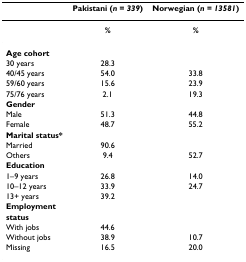
<table><thead><tr><td>[EMPTY_CELL]</td><td><b>Pakistani (<i>n </i>= <i>339</i>)</b></td><td><b>Norwegian (<i>n </i>= <i>13581</i>)</b></td></tr></thead><tbody><tr><td>[EMPTY_CELL]</td><td><b>%</b></td><td><b>%</b></td></tr><tr><td><b>Age cohort</b></td><td>[EMPTY_CELL]</td><td>[EMPTY_CELL]</td></tr><tr><td>30 years</td><td>28.3</td><td>[EMPTY_CELL]</td></tr><tr><td>40/45 years</td><td>54.0</td><td>33.8</td></tr><tr><td>59/60 years</td><td>15.6</td><td>23.9</td></tr><tr><td>75/76 years</td><td>2.1</td><td>19.3</td></tr><tr><td><b>Gender</b></td><td>[EMPTY_CELL]</td><td>[EMPTY_CELL]</td></tr><tr><td>Male</td><td>51.3</td><td>44.8</td></tr><tr><td>Female</td><td>48.7</td><td>55.2</td></tr><tr><td><b>Marital status*</b></td><td>[EMPTY_CELL]</td><td>[EMPTY_CELL]</td></tr><tr><td>Married</td><td>90.6</td><td>[EMPTY_CELL]</td></tr><tr><td>Others</td><td>9.4</td><td>52.7</td></tr><tr><td><b>Education</b></td><td>[EMPTY_CELL]</td><td>[EMPTY_CELL]</td></tr><tr><td>1–9 years</td><td>26.8</td><td>14.0</td></tr><tr><td>10–12 years</td><td>33.9</td><td>24.7</td></tr><tr><td>13+ years</td><td>39.2</td><td>[EMPTY_CELL]</td></tr><tr><td><b>Employment</b></td><td>[EMPTY_CELL]</td><td>[EMPTY_CELL]</td></tr><tr><td><b>status</b></td><td>[EMPTY_CELL]</td><td>[EMPTY_CELL]</td></tr><tr><td>With jobs</td><td>44.6</td><td>[EMPTY_CELL]</td></tr><tr><td>Without jobs</td><td>38.9</td><td>10.7</td></tr><tr><td>Missing</td><td>16.5</td><td>20.0</td></tr></tbody></table>